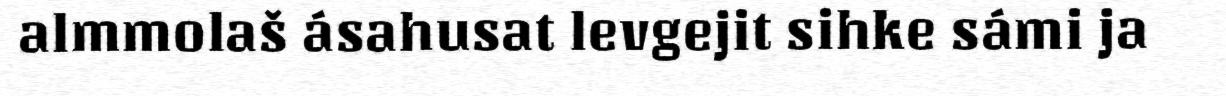
almmolaš ásahusat levgejit sihke sámi ja